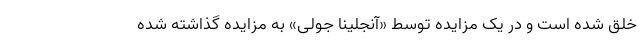
خلق شده است و در یک مزایده توسط «آنجلینا جولی» به مزایده گذاشته شده